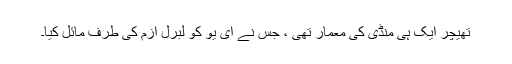
تھیچر ایک ہی منڈی کی معمار تھی ، جس نے ای یو کو لبرل ازم کی طرف مائل کیا۔